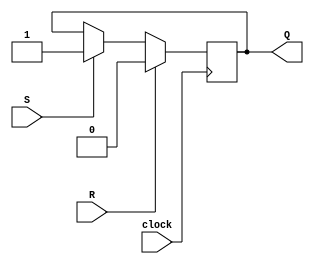
module sr_flipflop (
  input S, // Set input
  input R, // Reset input
  input clock, // Clock input
  output reg Q // Output state
);

always @(posedge clock) begin
  if (R) begin
    Q <= 1'b0; // Reset state
  end
  else if (S) begin
    Q <= 1'b1; // Set state
  end
end

endmodule